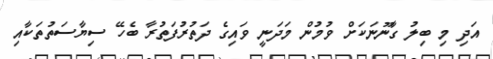
އަދި މި ބިލު ގާނޫނަކަށް ވުމުން މަދަނީ ވައިގެ ދަތުރުފަތުރާ ބެހޭ ސިޔާސަތުތަކާއި